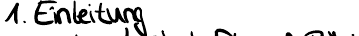
1. Einleitung